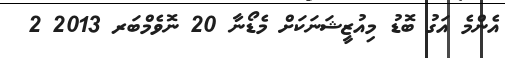
އެންމެ އަގު ބޮޑު މިއުޒީޝަނަކަށް މެޑޯނާ 20 ނޮވެމްބަރ 2013 2